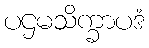
ပဌမသိက္ခာပဒံ